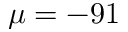
\mu = - 9 1